Indian journal of veterinary science and animal husbandry - Volumes 18-21, 1948-1951
Year: 1948
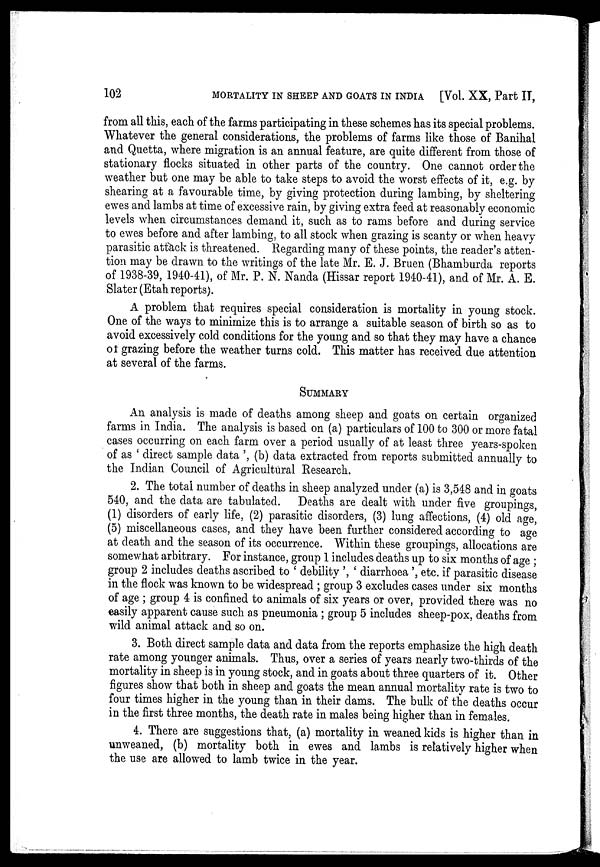
102
MORTALITY IN SHEEP AND GOATS IN INDIA
[Vol. XX, Part II,
from all this, each of the farms participating in these schemes has its special problems.
Whatever the general considerations, the problems of farms like those of Banihal
and Quetta, where migration is an annual feature, are quite different from those of
stationary flocks situated in other parts of the country. One cannot order the
weather but one may be able to take steps to avoid the worst effects of it, e.g. by
shearing at a favourable time, by giving protection during lambing, by sheltering
ewes and lambs at time of excessive rain, by giving extra feed at reasonably economic
levels when circumstances demand it, such as to rams before and during service
to ewes before and after lambing, to all stock when grazing is scanty or when heavy
parasitic attack is threatened. Regarding many of these points, the reader's atten-
tion may be drawn to the writings of the late Mr. E. J. Bruen (Bhamburda reports
of 1938-39, 1940-41), of Mr. P. N. Nanda (Hissar report 1940-41), and of Mr. A. E.
Slater (Etah reports).
A problem that requires special consideration is mortality in young stock.
One of the ways to minimize this is to arrange a suitable season of birth so as to
avoid excessively cold conditions for the young and so that they may have a chance
of grazing before the weather turns cold. This matter has received due attention
at several of the farms.
SUMMARY
An analysis is made of deaths among sheep and goats on certain organized
farms in India. The analysis is based on (a) particulars of 100 to 300 or more fatal
cases occurring on each farm over a period usually of at least three years-spoken
of as ' direct sample data ', (b) data extracted from reports submitted annually to
the Indian Council of Agricultural Research.
2. The total number of deaths in sheep analyzed under (a) is 3,548 and in goats
540, and the data are tabulated. Deaths are dealt with under five groupings,
(1) disorders of early life, (2) parasitic disorders, (3) lung affections, (4) old age,
(5) miscellaneous cases, and they have been further considered according to age
at death and the season of its occurrence. Within these groupings, allocations are
somewhat arbitrary. For instance, group 1 includes deaths up to six months of age ;
group 2 includes deaths ascribed to ' debility ', ' diarrhoea ', etc. if parasitic disease
in the flock was known to be widespread ; group 3 excludes cases under six months
of age ; group 4 is confined to animals of six years or over, provided there was no
easily apparent cause such as pneumonia ; group 5 includes sheep-pox, deaths from
wild animal attack and so on.
3. Both direct sample data and data from the reports emphasize the high death
rate among younger animals. Thus, over a series of years nearly two-thirds of the
mortality in sheep is in young stock, and in goats about three quarters of it. Other
figures show that both in sheep and goats the mean annual mortality rate is two to
four times higher in the young than in their dams. The bulk of the deaths occur
in the first three months, the death rate in males being higher than in females.
4. There are suggestions that, (a) mortality in weaned kids is higher than in
unweaned, (b) mortality both in ewes and lambs is relatively higher when
the use are allowed to lamb twice in the year.